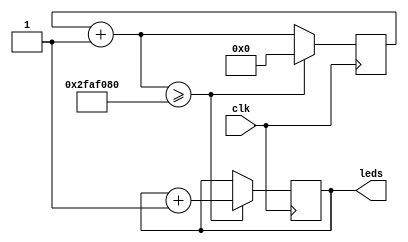
module lab3_fake(clk, leds);
input clk;
output [7:0] leds;
reg [7:0] leds;
reg [31:0] timer;
initial begin
    timer = 0;
end
always @(posedge clk) begin
    timer = timer + 1;
    if (timer >= 50000000) begin
        timer = 0;
        leds = leds + 1;
    end
end
endmodule


module clkdivider(clkin, clkout);
input clkin;
output clkout;
reg clkout;
reg [31:0] timer;
initial begin
    timer = 0;
    clkout = 0;
end
always @(posedge clkin) begin
    timer = timer + 1;
    if (timer >= 25000000) begin
        timer = 0;
clkout = ~clkout;
    end
end
endmodule